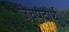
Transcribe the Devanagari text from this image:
जैवपदार्थ